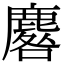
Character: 麔